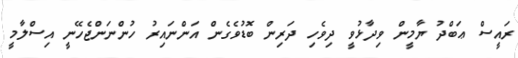
ރައީސް ޢަބްދު ޔާމީން ވިދާޅުވީ ދިވެހި ދަރިން ބޮޑުވެގެން އަންނައިރު ހުންނަންޖެހޭނީ އިސްލާމީ